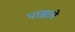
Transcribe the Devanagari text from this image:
पाह्यले